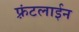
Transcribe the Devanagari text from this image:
फ़्रंटलाईन